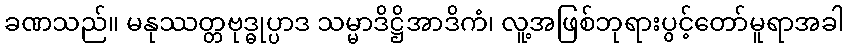
ခဏသည်။ မနုဿတ္တဗုဒ္ဓုပ္ပာဒ သမ္မာဒိဋ္ဌိအာဒိကံ၊ လူ့အဖြစ်ဘုရားပွင့်တော်မူရာအခါ